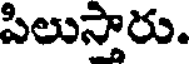
పిలుస్తారు.